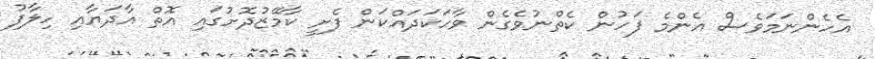
އެހެންނަމަވެސް އެންމެ ފަހުން ކެތްނުވެގެން ވާހަކަދައްކަން ފެށީ ކާމޭޒުދޮށުގައި އޮތް އާދަޔާއި ހިލާފު